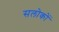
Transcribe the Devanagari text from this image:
सलोकों